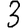
Digit: 3